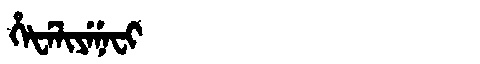
Manchu: ᡥᡝᡶᡝᠯᡳᠶᡝᠨᡝᠸᡳ
Romanization: HEFELIYENEFI